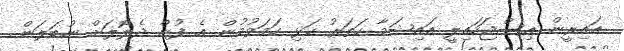
އައިރީން އިސްޖަހައިލީ އައިޝަމާ ހަތަރު ކަޅި ހަމަވުމުން އެ ފުން ދެލޮލަށް ނުބަލަން